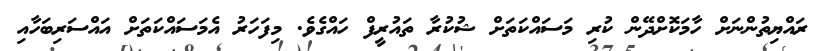
ރައްޔިތުންނަށް ހާމަކޮށްދޭން ކުރި މަސަައްކަތަށް ޝުކުރާ ތައުރީފް ހައްގެވެ. މިފަހަރު އެމަސަައްކަތަށް އައްސަރިބަހާއި